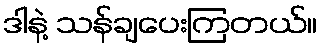
ဒါနဲ့ သန်ချပေးကြတယ်။